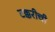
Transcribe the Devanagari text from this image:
टक्करीची